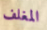
المغلف